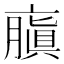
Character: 𠆍